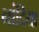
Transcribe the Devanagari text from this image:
नांदिया